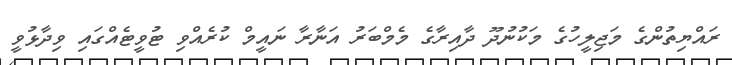
ރައްޔިތުންގެ މަޖިލީހުގެ މަކުނުދޫ ދާއިރާގެ މެމްބަރު އަނާރާ ނައީމް ކުރެއްވި ޓުވީޓެއްގައި ވިދާޅުވީ